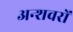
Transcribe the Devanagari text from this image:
अन्शवरों